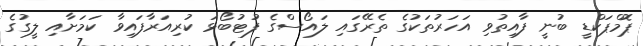
ޕޮމްޕަކްޑީ ބުނީ ފާއިތުވި އަހަރުތަކުގެ ތެރޭގައި ލައޯސްގެ ފުޓުބޯޅަ ކުރިއަރާފައިވާ ކަމަށާއި ލީގުގެ